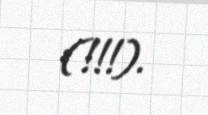
(!!!).